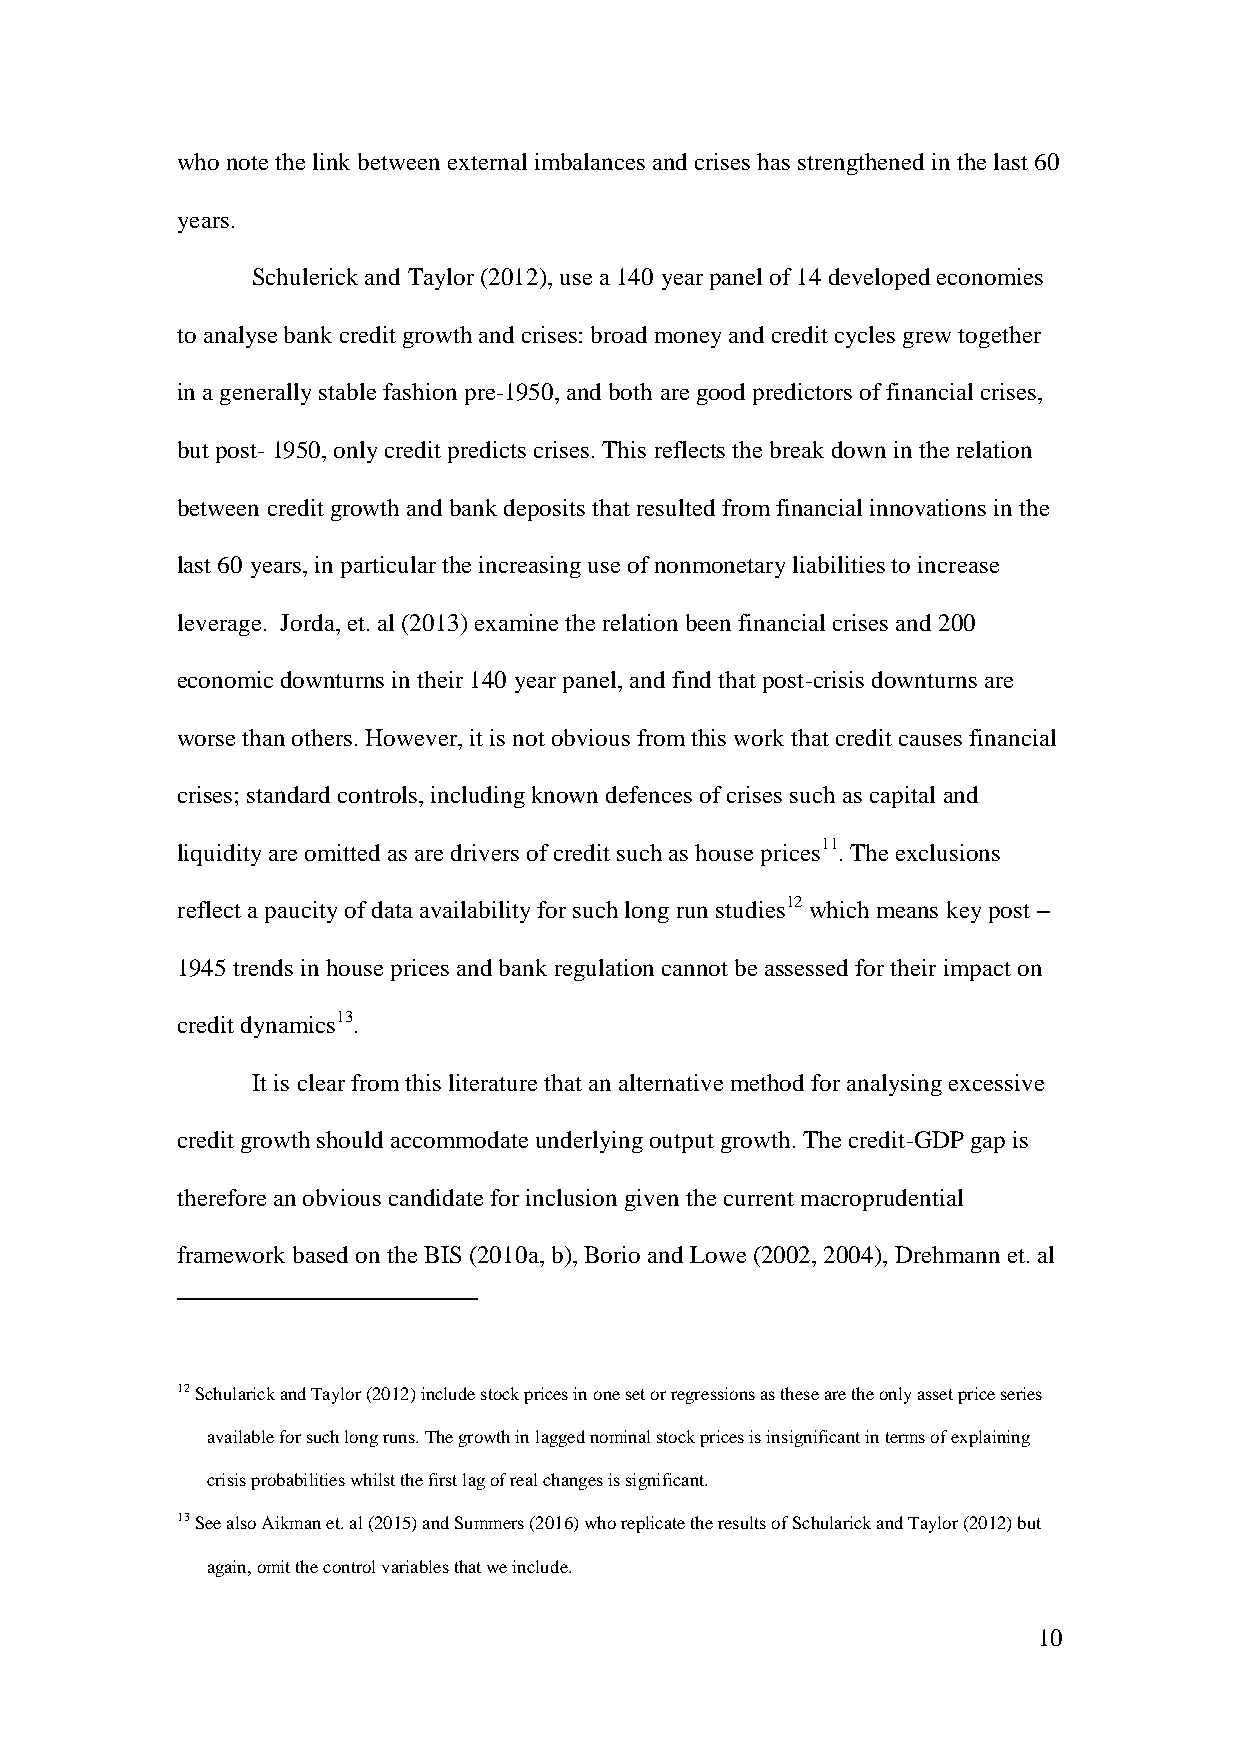
who note the link between external imbalances and crises has strengthened in the last 60
 years.
 Schulerick and Taylor (2012), use a 140 year panel of 14 developed economies
 to analyse bank credit growth and crises: broad money and credit cycles grew together
 in a generally stable fashion pre-1950, and both are good predictors of financial crises,
 but post- 1950, only credit predicts crises. This reflects the break down in the relation
 between credit growth and bank deposits that resulted from financial innovations in the
 last 60 years, in particular the increasing use of nonmonetary liabilities to increase
 leverage. Jorda, et. al (2013) examine the relation been financial crises and 200
 economic downturns in their 140 year panel, and find that post-crisis downturns are
 worse than others. However, it is not obvious from this work that credit causes financial
 crises; standard controls, including known defences of crises such as capital and
 liquidity are omitted as are drivers of credit such as house prices11. The exclusions
 reflect a paucity of data availability for such long run studies12 which means key post –
 1945 trends in house prices and bank regulation cannot be assessed for their impact on
 credit dynamics13.
 It is clear from this literature that an alternative method for analysing excessive
 credit growth should accommodate underlying output growth. The credit-GDP gap is
 therefore an obvious candidate for inclusion given the current macroprudential
 framework based on the BIS (2010a, b), Borio and Lowe (2002, 2004), Drehmann et. al
 12 Schularick and Taylor (2012) include stock prices in one set or regressions as these are the only asset price series
 available for such long runs. The growth in lagged nominal stock prices is insignificant in terms of explaining
 crisis probabilities whilst the first lag of real changes is significant.
 13 See also Aikman et. al (2015) and Summers (2016) who replicate the results of Schularick and Taylor (2012) but
 again, omit the control variables that we include.
 10